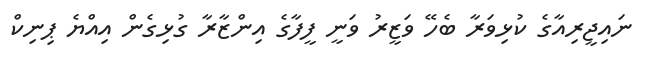
ނައިޖީރިއާގެ ކުޅިވަރާ ބެހޭ ވަޒީރު ވަނީ ފީފާގެ އިންޒާރާ ގުޅިގެން އިއްޔެ ޕިނިކް